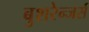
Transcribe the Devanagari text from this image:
बुशरेन्जर्स